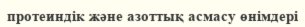
протеиндік және азоттық асмасу өнімдері